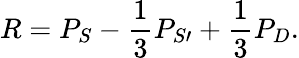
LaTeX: R=P_{S}-{\frac{1}{3}}P_{S\prime}+{\frac{1}{3}}P_{D}.